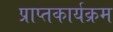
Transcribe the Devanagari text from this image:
प्राप्तकार्यक्रम